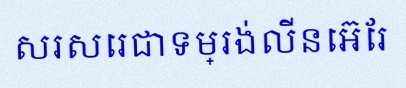
សរសេរជាទម្រង់លីនេអ៊ែរ